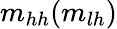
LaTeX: m_{hh}(m_{lh})